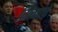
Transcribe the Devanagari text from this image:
सिंगांचे